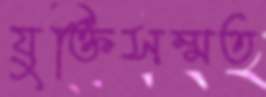
যুক্তিসম্মত